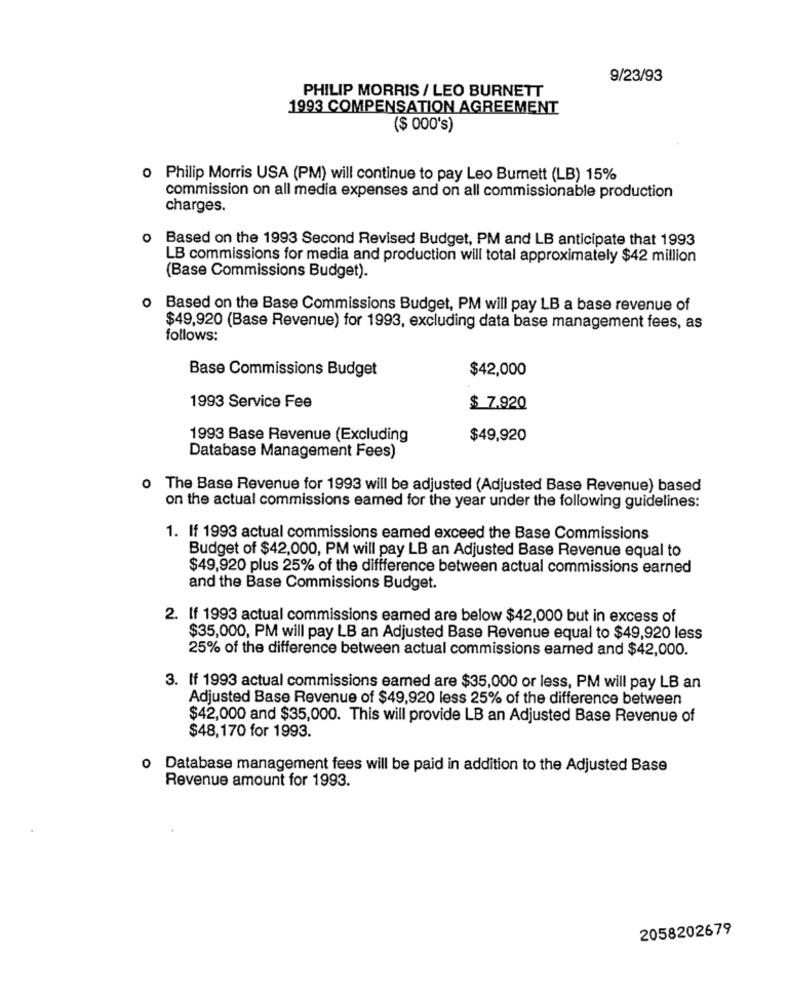
9/23/93
PHILIP MORRIS / LEO BURNETT
1993 COMPENSATION AGREEMENT
($ 000's)
o Philip Morris USA (PM) will continue to pay Leo Burnett (LB) 15%
commission on all media expenses and on all commissionable production
charges.
o Based on the 1993 Second Revised Budget, PM and LB anticipate that 1993
LB commissions for media and production will total approximately $42 million
(Base Commissions Budget).
o Based on the Base Commissions Budget, PM will pay LB a base revenue of
$49,920 (Base Revenue) for 1993, excluding data base management fees, as
follows:
Base Commissions Budget
$42,000
1993 Service Fee
$ 7.920
1993 Base Revenue (Excluding
$49,920
Database Management Fees)
o The Base Revenue for 1993 will be adjusted (Adjusted Base Revenue) based
on the actual commissions eamed for the year under the following guidelines:
1. If 1993 actual commissions eamed exceed the Base Commissions
Budget of $42,000, PM will pay LB an Adjusted Base Revenue equal to
$49,920 plus 25% of the diffference between actual commissions earned
and the Base Commissions Budget.
2. If 1993 actual commissions eamed are below $42,000 but in excess of
$35,000, PM will pay LB an Adjusted Base Revenue equal to $49,920 less
25% of the difference between actual commissions earned and $42,000.
3. If 1993 actual commissions earned are $35,000 or less, PM will pay LB an
Adjusted Base Revenue of $49,920 less 25% of the difference between
$42,000 and $35,000. This will provide LB an Adjusted Base Revenue of
$48,170 for 1993.
o Database management fees will be paid in addition to the Adjusted Base
Revenue amount for 1993.
2058202679